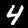
Label: 4